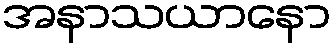
အနာသယာနော